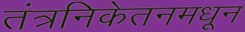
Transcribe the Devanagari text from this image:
तंत्रनिकेतनमधून